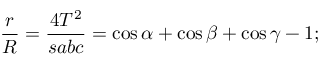
{ \frac { r } { R } } = { \frac { 4 T ^ { 2 } } { s a b c } } = \cos \alpha + \cos \beta + \cos \gamma - 1 ;